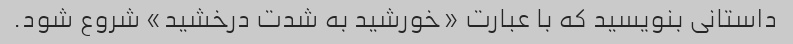
داستانی بنویسید که با عبارت «خورشید به شدت درخشید» شروع شود.